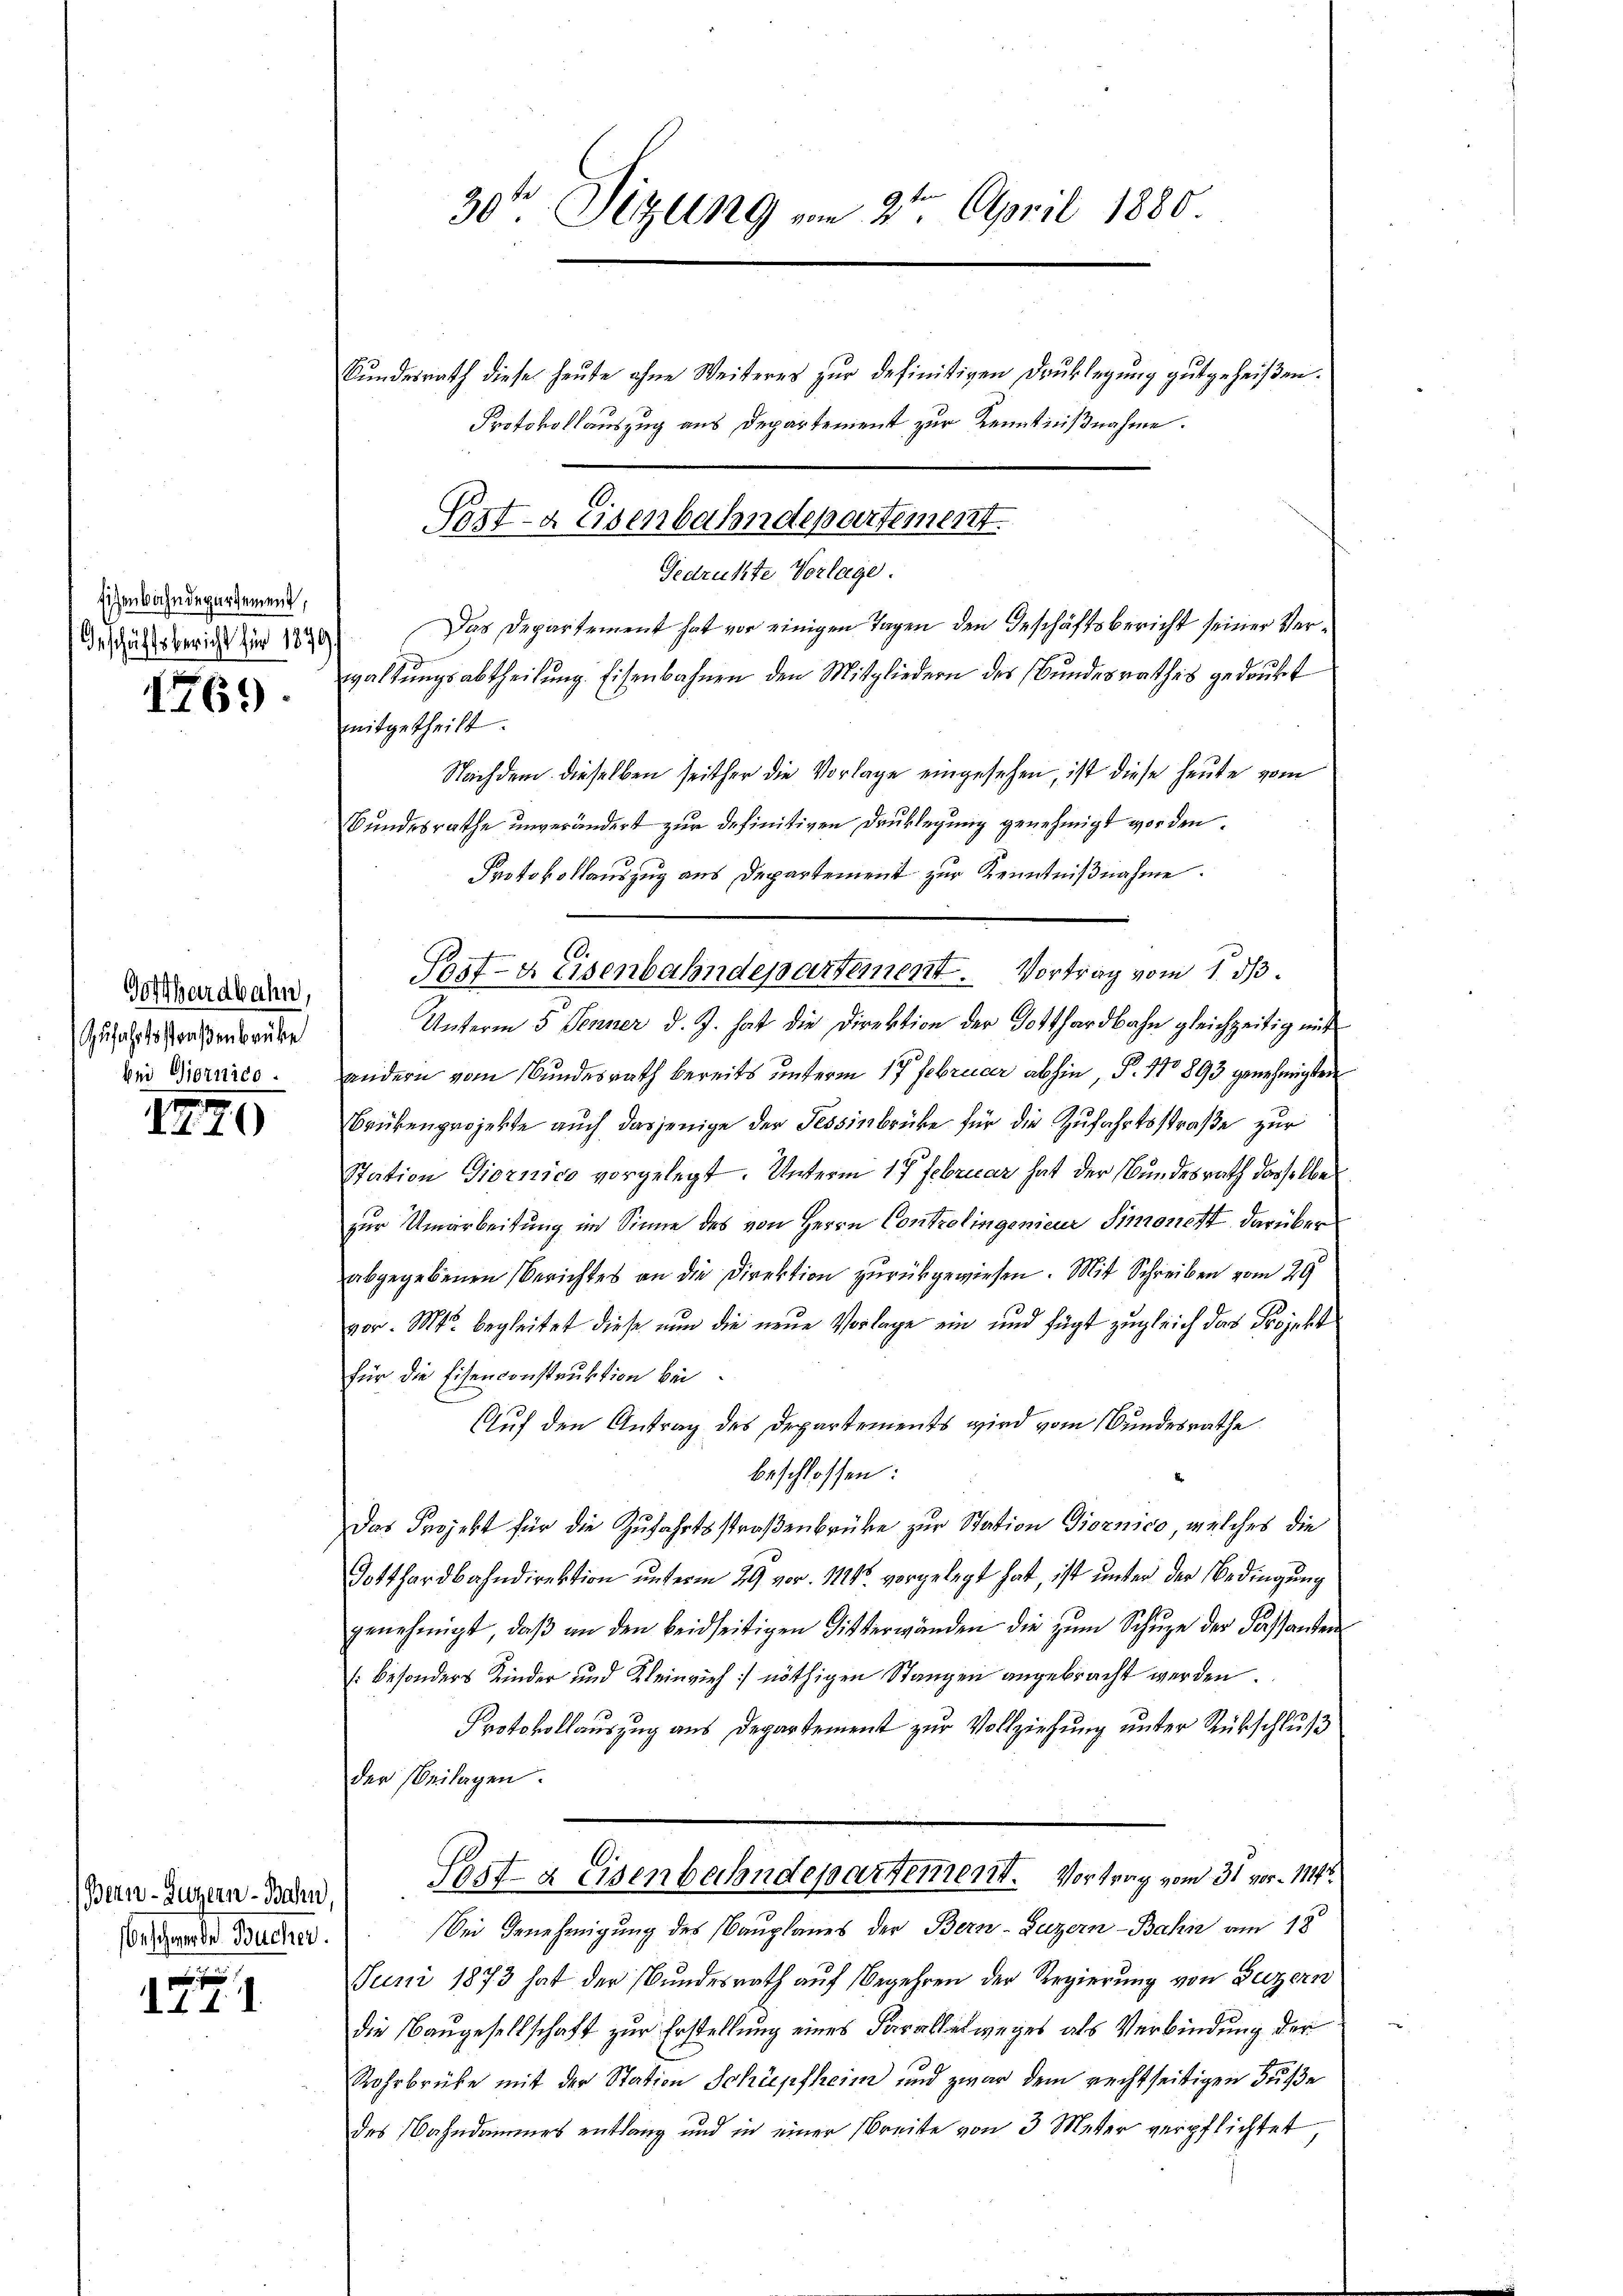
sichenbahndepartement,
Geschäftsbericht für 1890

1769.

Gotthardbahn,
Zufahrtsstraßenbrüke
bei Giornico.

1770

(Bern-Guzern - Bahn
Beschwerde Bucher.

.

)

Gedrükte Vorlage.
Das Departement hat vor einigen Tagen den Geschäftsbericht seiner Verwaltŭngsabtheilŭng. Eisenbahnen den Mitgliedern des Bundesrathes gedrukt
mitgetheilt.
Nachdem dieselben seither die Vorlage eingesehen, ist diese heute vom
Bundesrathe unverändert zur definitiven Drucklegung genehmigt worden.
Protokollauszug aus Departement zur Kenntnißnahme.
Unterm 5. Jenner d. J. hat die Direktion der Gotthardbahn gleichzeitig mit
andern vom Bundesrath bereits unterm 17 Februar abhin, P. 170 893 genehmigten
Brükenprojekte auch dasjenige der Tessinbrücke für die Zufahrtsstraße zur
Station Giornico vorgelegt. Unterm 17 Februar hat der Bundesrath dasselbe
zur Umarbeitung im Sinne des von Herrn Controlingenieur Simonett darüber
abgegebenen Berichtes an die Direktion zurückgewiesen. Mit Schreiben vom 29
vor. Mts. begleitet diese nun die neue Vorlage ein und fügt zugleich das Projekt
für die Eisenconstruktion bei
Auf den Antrag des Departements wird vom Bundesrathe
beschlossen:
Das Projekt für die Zufahrtsstraßenbrücke zur Station Giornico, welches die
Gotthardbahndirektion unterm 29 vor. 1128. vorgelegt hat, ist unter der Bedingung
genehmigt, daβ an den beidseitigen Gitterwanden die zŭm Schŭze der Fassanten
[besonders Kinder und Kleinvieh nöthigen Stangen angebracht werden.
Protokollauszug aus Departement zur Vollziehung unter Rückschluß
der Beilagen.
Post- & Eisenbahndepartement. Vortrag vom 31 vor 1114.
bei Genehmigung des Bauplanes der Bern-Luzern-Bahn am 18.
Juni 1873 hat der Bundesrath auf Begehren der Regierung von Luzern
die Bangesellschaft zur Erstellung eines Faralletweges als Verbindung der
Rohrbrüke mit der Station Schüpfheim und zwar dem rechtseitigen Fuße
des Bahndammer entlang und in einer Breite von 3 Meter verpflichtet

30te Sitzung vom 2ten April 1880

Bundesrath diese heute ohne Weiteres zur definitiven Drucklegung gutgeheißen.
Protokollauszug aus Departement zur Kenntnißnahme.

Post- & Eisenbahndepartement.

C
Post-Keisenbahndepartement. Vortrag vom 1. ds.